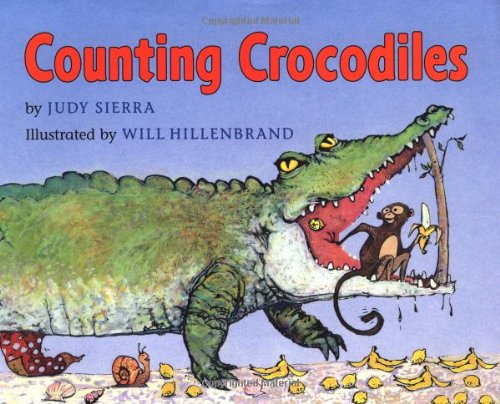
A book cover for Counting Crocodiles; Judy Sierra; Children's Books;